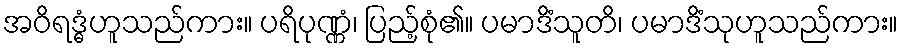
အဝိရဒ္ဓံဟူသည်ကား။ ပရိပုဏ္ဏံ၊ ပြည့်စုံ၏။ ပမာဒိံသူတိ၊ ပမာဒိံသုဟူသည်ကား။